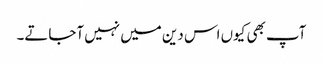
آپ بھی کیوں اس دین میں نہیں آجاتے۔